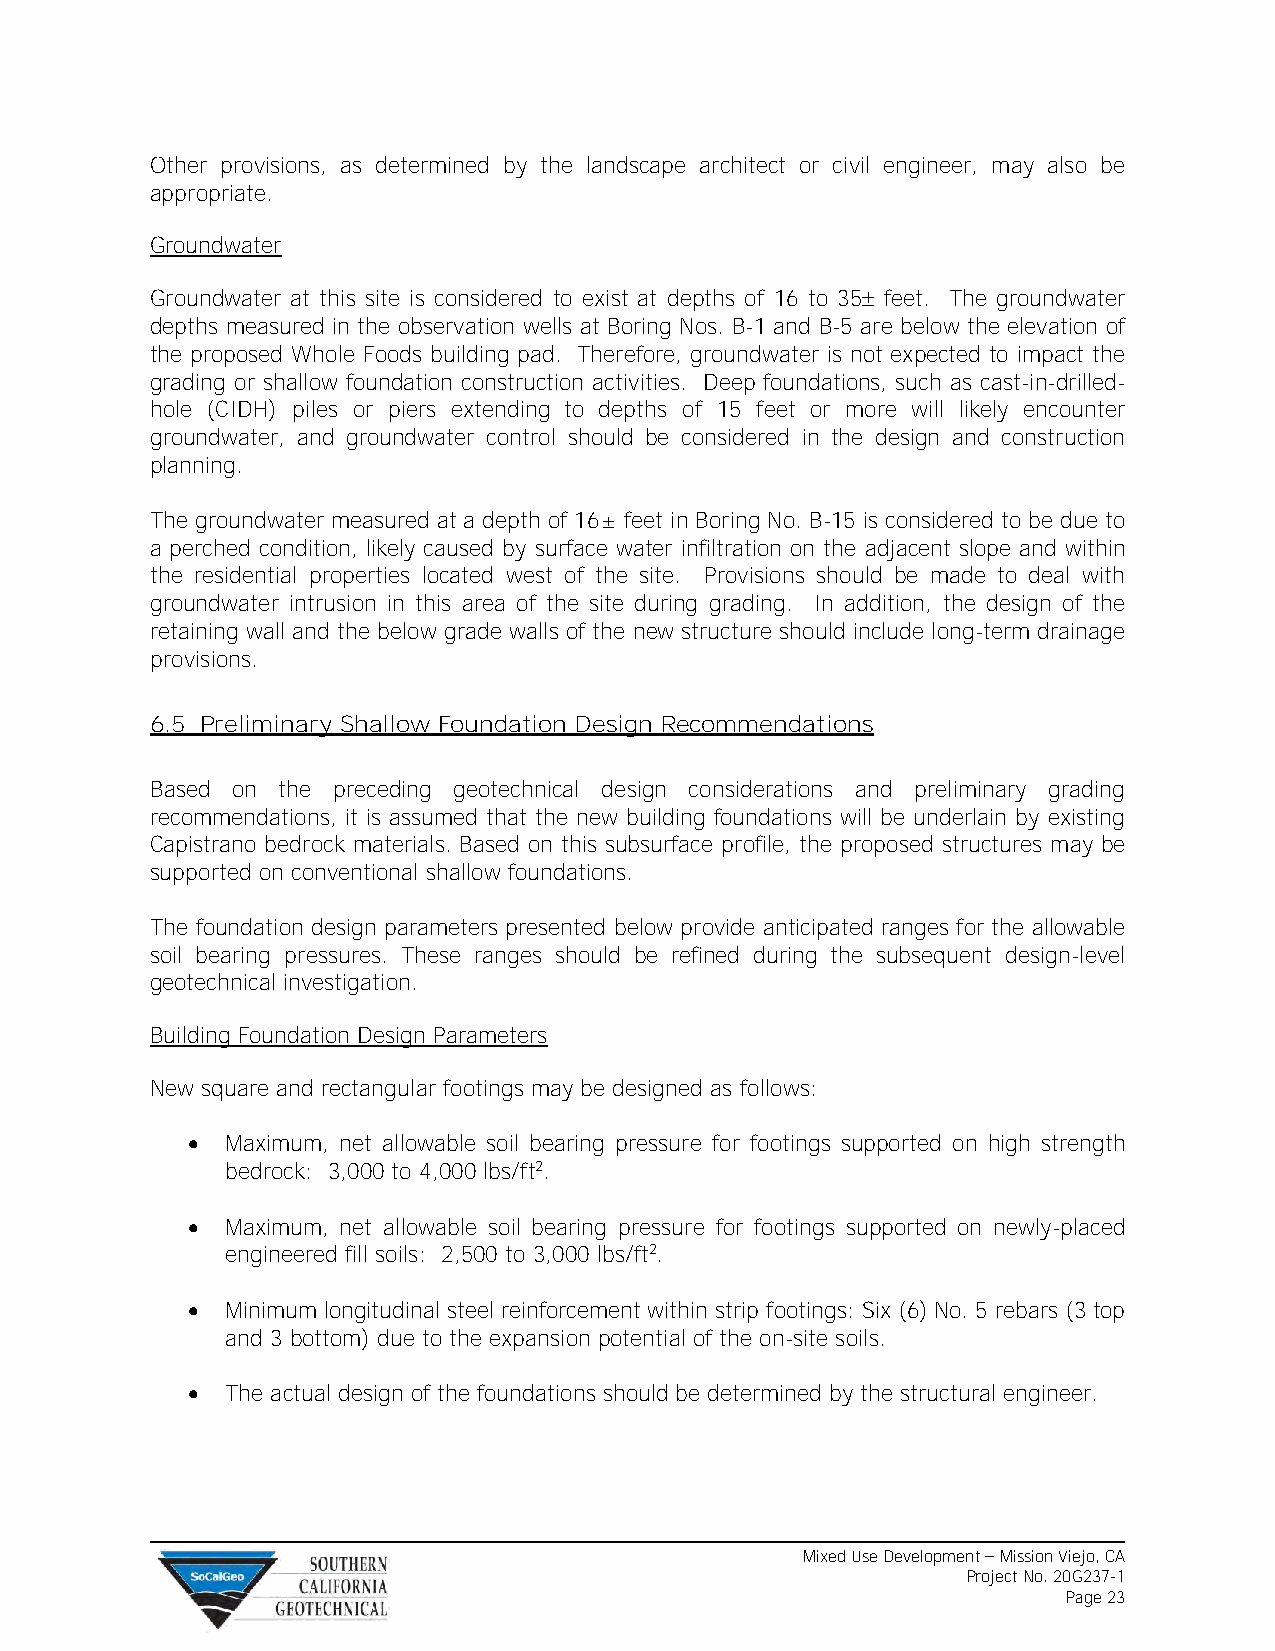
Other provisions, as determined by the landscape architect or civil engineer, may also be
 appropriate.
 Groundwater
 Groundwater at this site is considered to exist at depths of 16 to 35 feet. The groundwater
 depths measured in the observation wells at Boring Nos. B-1 and B-5 are below the elevation of
 the proposed Whole Foods building pad. Therefore, groundwater is not expected to impact the
 grading or shallow foundation construction activities. Deep foundations, such as cast-in-drilled-
 hole (CIDH) piles or piers extending to depths of 15 feet or more will likely encounter
 groundwater, and groundwater control should be considered in the design and construction
 planning.
 The groundwater measured at a depth of 16± feet in Boring No. B-15 is considered to be due to
 a perched condition, likely caused by surface water infiltration on the adjacent slope and within
 the residential properties located west of the site. Provisions should be made to deal with
 groundwater intrusion in this area of the site during grading. In addition, the design of the
 retaining wall and the below grade walls of the new structure should include long-term drainage
 provisions.
 6.5 Preliminary Shallow Foundation Design Recommendations
 Based on the preceding geotechnical design considerations and preliminary grading
 recommendations, it is assumed that the new building foundations will be underlain by existing
 Capistrano bedrock materials. Based on this subsurface profile, the proposed structures may be
 supported on conventional shallow foundations.
 The foundation design parameters presented below provide anticipated ranges for the allowable
 soil bearing pressures. These ranges should be refined during the subsequent design-level
 geotechnical investigation.
 Building Foundation Design Parameters
 New square and rectangular footings may be designed as follows:
 •  Maximum, net allowable soil bearing pressure for footings supported on high strength
 bedrock: 3,000 to 4,000 lbs/ft2.
 •  Maximum, net allowable soil bearing pressure for footings supported on newly-placed
 engineered fill soils: 2,500 to 3,000 lbs/ft2.
 •  Minimum longitudinal steel reinforcement within strip footings: Six (6) No. 5 rebars (3 top
 and 3 bottom) due to the expansion potential of the on-site soils.
 •  The actual design of the foundations should be determined by the structural engineer.
 Mixed Use Development – Mission Viejo, CA
 Project No. 20G237-1
 Page 23